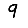
Digit: 9